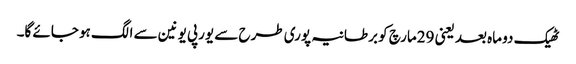
ٹھیک دو ماہ بعد یعنی 29مارچ کو برطانیہ پوری طرح سے یورپی یونین سے الگ ہو جائے گا۔